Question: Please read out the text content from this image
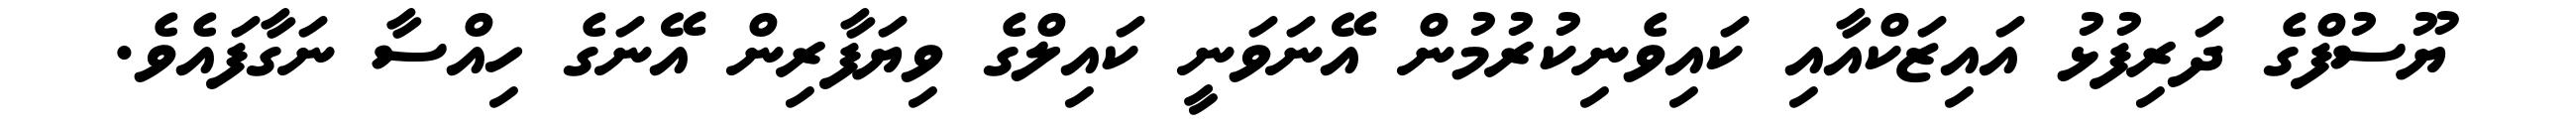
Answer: ޔޫސުފްގެ ދަރިފުޅު އައިޒަކްއާއި ކައިވެނިކުރުމުން އޭނަވަނީ ކައިލްގެ ވިޔަފާރިން އޭނަގެ ހިއްސާ ނަގާފައެވެ.